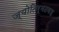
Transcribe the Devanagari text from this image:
ज्योतिर्मठवह